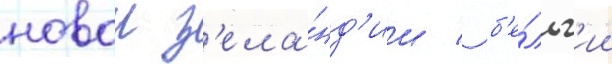
новои з'ела́нд'ии / б'е́льг'ии